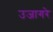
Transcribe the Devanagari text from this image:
उजागरे